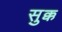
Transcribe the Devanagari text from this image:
सुक्क